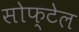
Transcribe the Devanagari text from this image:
सोफ्टेल